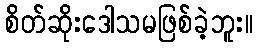
စိတ်ဆိုးဒေါသမဖြစ်ခဲ့ဘူး။